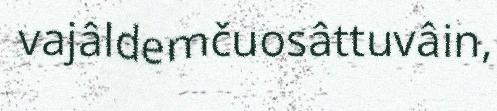
vajâldemčuosâttuvâin,